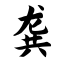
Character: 龚